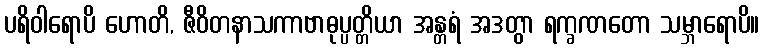
ပရိဝါရောပိ ဟောတိ, ဇီဝိတနာသကာဗာဓုပ္ပတ္တိယာ အန္တရံ အဒတွာ ရက္ခဏတော သမ္ဘာရောပိ။